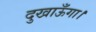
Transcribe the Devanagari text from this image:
दुखाऊँगा।